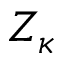
Z _ { \kappa }